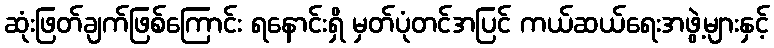
ဆုံးဖြတ်ချက်ဖြစ်ကြောင်း ရနောင်းရှိ မှတ်ပုံတင်အပြင် ကယ်ဆယ်ရေးအဖွဲ့များနှင့်